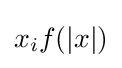
x_{i}f(|x|)